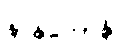
နာနုဘောန္တိ